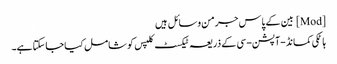
[Mod] بین کے پاس جرمن وسائل ہیں
ہاٹکی کمانڈ-آپشن-سی کے ذریعہ ٹیکسٹ کلپس کو شامل کیا جاسکتا ہے۔